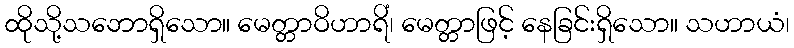
ထိုသို့သဘောရှိသော။ မေတ္တာဝိဟာရိံ၊ မေတ္တာဖြင့် နေခြင်းရှိသော။ သဟာယံ၊